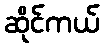
ဆိုင်ကယ်